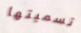
تسميتها